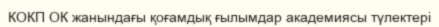
КОКП ОК жанындағы қоғамдық ғылымдар академиясы түлектері